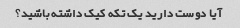
آیا دوست دارید یک تکه کیک داشته باشید؟